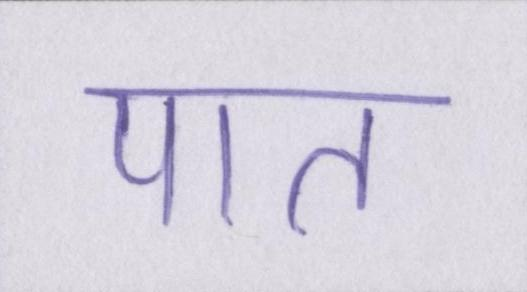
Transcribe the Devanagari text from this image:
पात